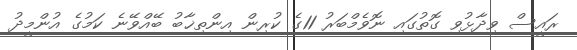
ރައީސް ވިދާޅުވި ގޮތުގައި ނޮވެމްބަރު 11ގެ ކުރިން އިންތިޚާބު ބޭއްވޭނެ ކަމުގެ އުންމީދު